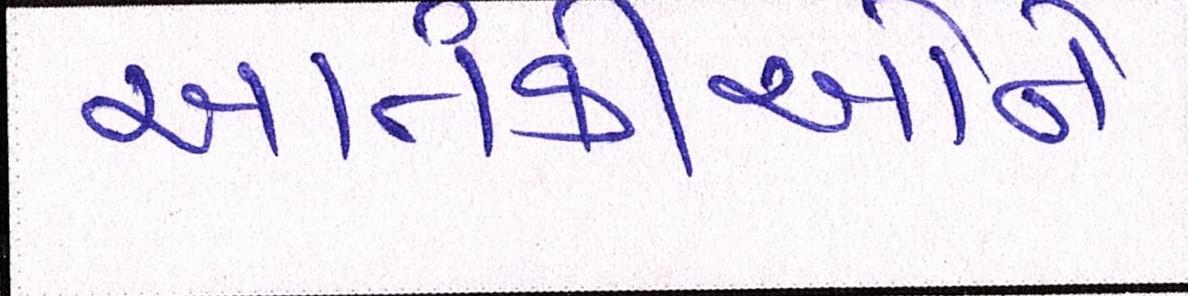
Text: આતંકીઓને